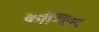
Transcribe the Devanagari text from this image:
काँन्सिल